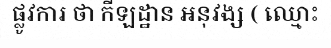
ផ្លូវការ ថា កីឡដ្ឋាន អនុវង្ស ( ឈ្មោះ